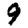
Digit: 9